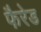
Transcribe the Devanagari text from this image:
फैरेड